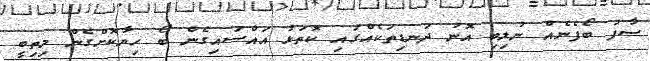
ސާފު ބޯފެނެއް ނުލިބި އޮނު ދަނޑިތަކެއްގައި ކޮތަޅު އައްސައިގެން ބޯ ހިޔާކޮށްގެން މިތިބީ